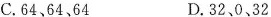
C. 64、64、64 D. 32、0、32